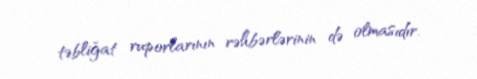
təbliğat ruporlarının rəhbərlərinin də olmasıdır.